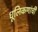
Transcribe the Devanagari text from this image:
धूलिकणांची